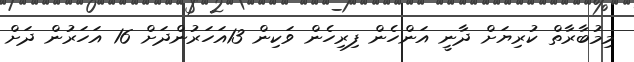
މިމުބާރާތް ކުރިޔަށް ދާނީ އަންހެން ފިރިހެން ވަކިން 13އަހަރުންދަށް 16 އަހަރުން ދަށް